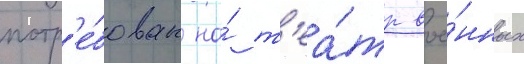
потр'е́бован на́ т'еа́тр вое́нных